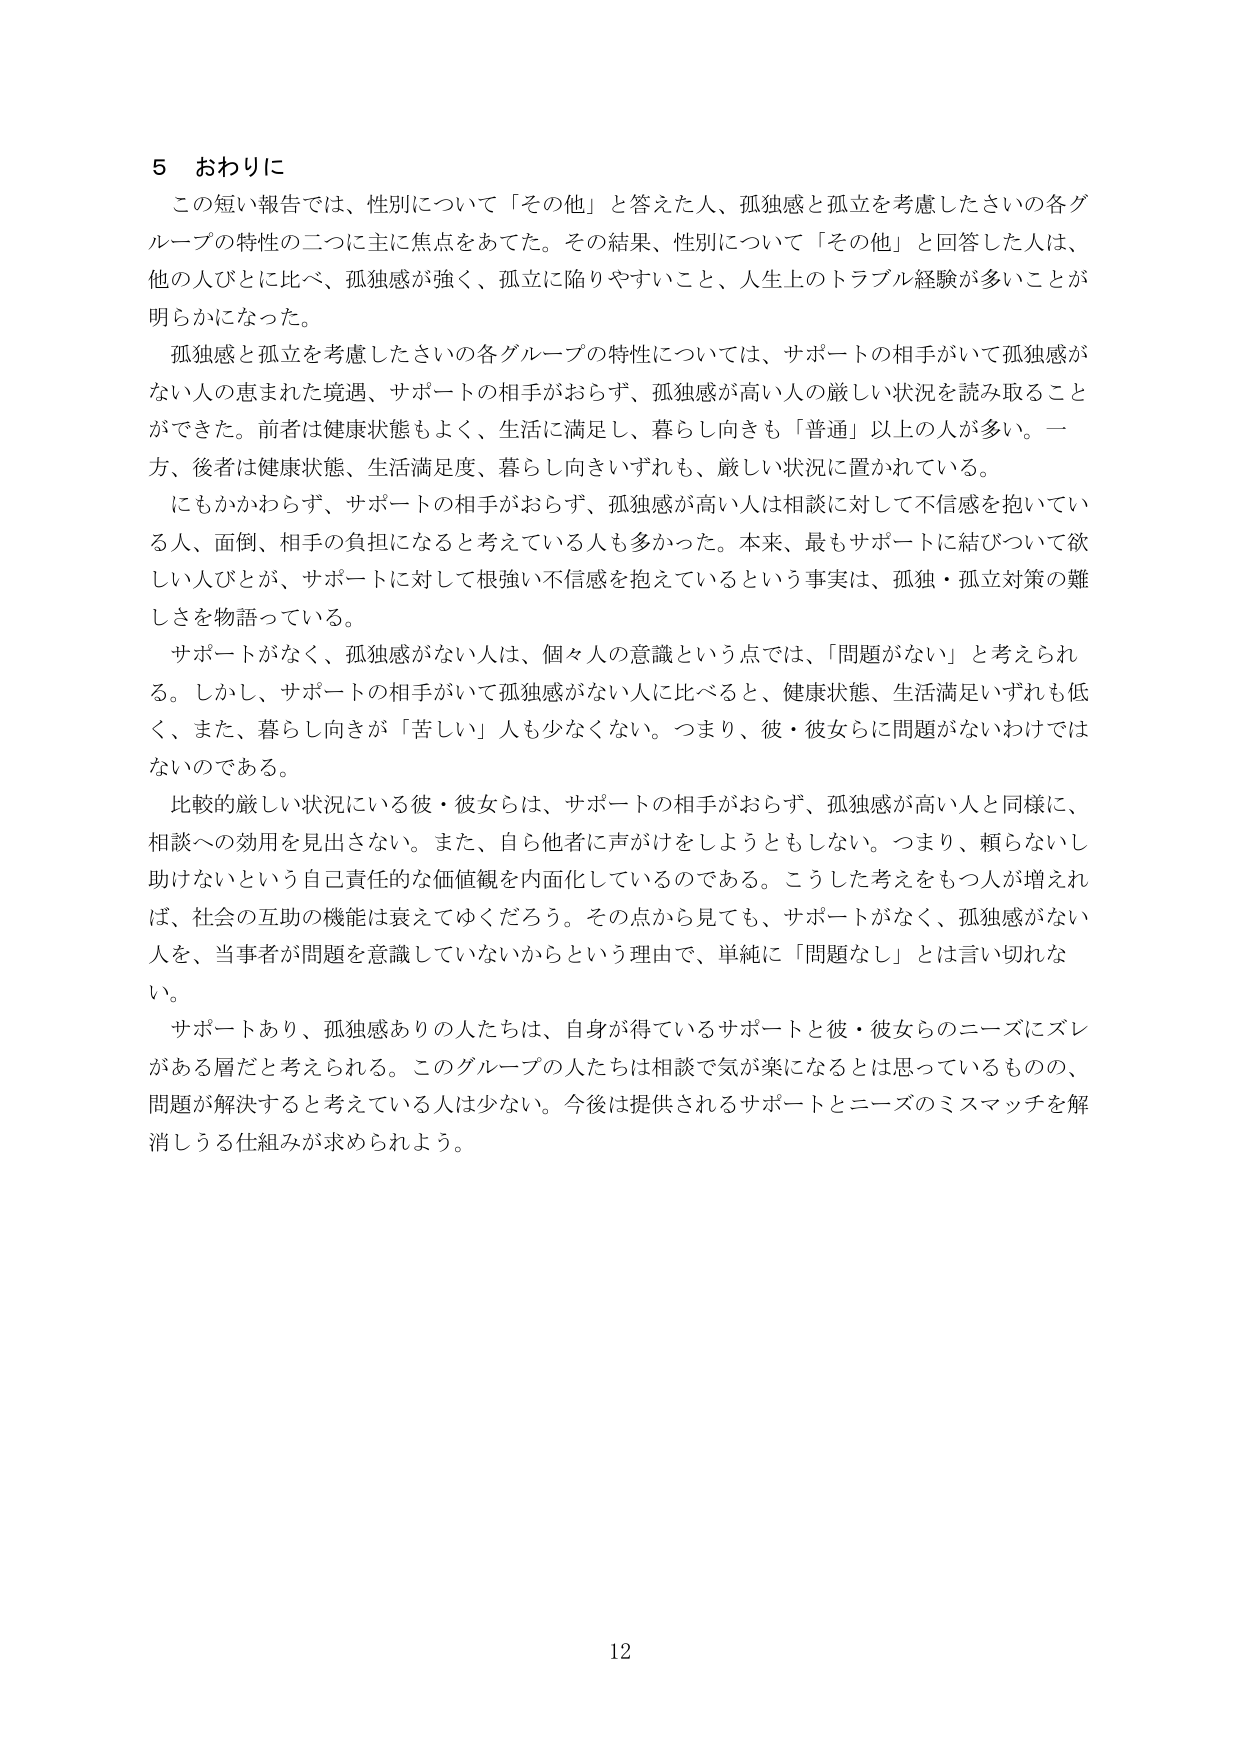
5 おわりに
この短い報告では、性別について「その他」と答えた人、孤独感と孤立を考慮したさいの各グループの特性の二つに主に焦点をあてた。その結果、性別について「その他」と回答した人は、他の人びと比べ、孤独感が強く、孤立に陥りやすいこと、人生上のトラブル経験が多いことが明らかになった。
孤独感と孤立を考慮したさいの各グループの特性については、サポートの相手がいて孤独感がない人の恵まれた境遇、サポートの相手がおらず、孤独感が高い人の厳しい状況を読み取ることができた。前者は健康状態もよく、生活に満足し、暮らし向きも「普通」以上の人が多い。一方、後者は健康状態、生活満足度、暮らし向きいずれも、厳しい状況に置かれている。
にもかかわらず、サポートの相手がおらず、孤独感が高い人は相談に対して不信感を抱いている人、面倒、相手の負担になると考えている人も多かった。本来、最もサポートに結びついて欲しい人びとが、サポートに対して根強い不信感を抱えているという事実は、孤独・孤立対策の難しさを物語っている。
サポートがなく、孤独感がない人は、個々人の意識という点では、「問題がない」と考えられる。しかし、サポートの相手がいて孤独感がない人に比べると、健康状態、生活満足いずれも低く、また、暮らし向きが「苦しい」人も少なくない。つまり、彼・彼女らに問題がないわけでは ないのである。
比較的厳しい状況にいる彼・彼女らは、サポートの相手がおらず、孤独感が高い人と同様に、相談への効用を見出さない。また、自ら他者に声がけをしようともしない。つまり、頼らないし助けないという自己責任的な価値観を内面化しているのである。こうした考えをもつ人が増えれば、社会の互助の機能は衰えてゆくだろう。その点から見ても、サポートがなく、孤独感がない人を、当事者が問題を意識していないからという理由で、単純に「問題なし」とは言い切れない。
サポートあり、孤独感ありの人たちは、自身が得ているサポートと彼・彼女らのニーズにズレがある層だと考えられる。このグループの人たちは相談で気が楽になるとは思っているものの、問題が解決すると考えている人は少ない。今後は提供されるサポートとニーズのミスマッチを解消しうる仕組みが求められよう。
12